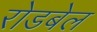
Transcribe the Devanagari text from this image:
रोडबेल